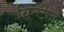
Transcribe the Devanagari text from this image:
विन्टेज